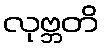
လုဗ္ဘတိ